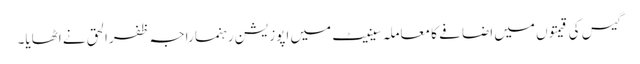
گیس کی قیمتوں میں اضافے کا معاملہ سینیٹ میں اپوزیشن رہنما راجہ ظفرالحق نے اٹھایا۔